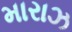
મારાઝ